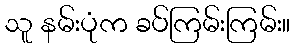
သူ နမ်းပုံက ခပ်ကြမ်းကြမ်း။